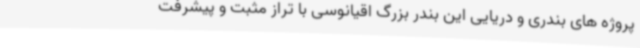
پروژه های بندری و دریایی این بندر بزرگ اقیانوسی با تراز مثبت و پیشرفت